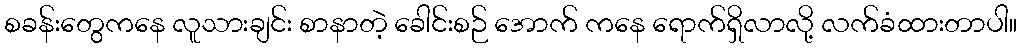
စခန်းတွေကနေ လူသားချင်း စာနာတဲ့ ခေါင်းစဉ် အောက် ကနေ ရောက်ရှိလာလို့ လက်ခံထားတာပါ။